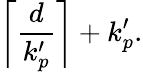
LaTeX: \left\lceil\frac{d}{k_{p}^{\prime}}\right\rceil+k_{p}^{\prime}.